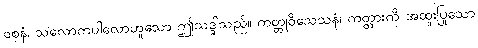
ဝစနံ၊ သလောကပါလောဟူသော ဤသဒ္ဒါသည်။ ကတ္တုဝိသေသနံ၊ ကတ္တားကို အထူးပြုသော